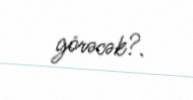
görəcək?.